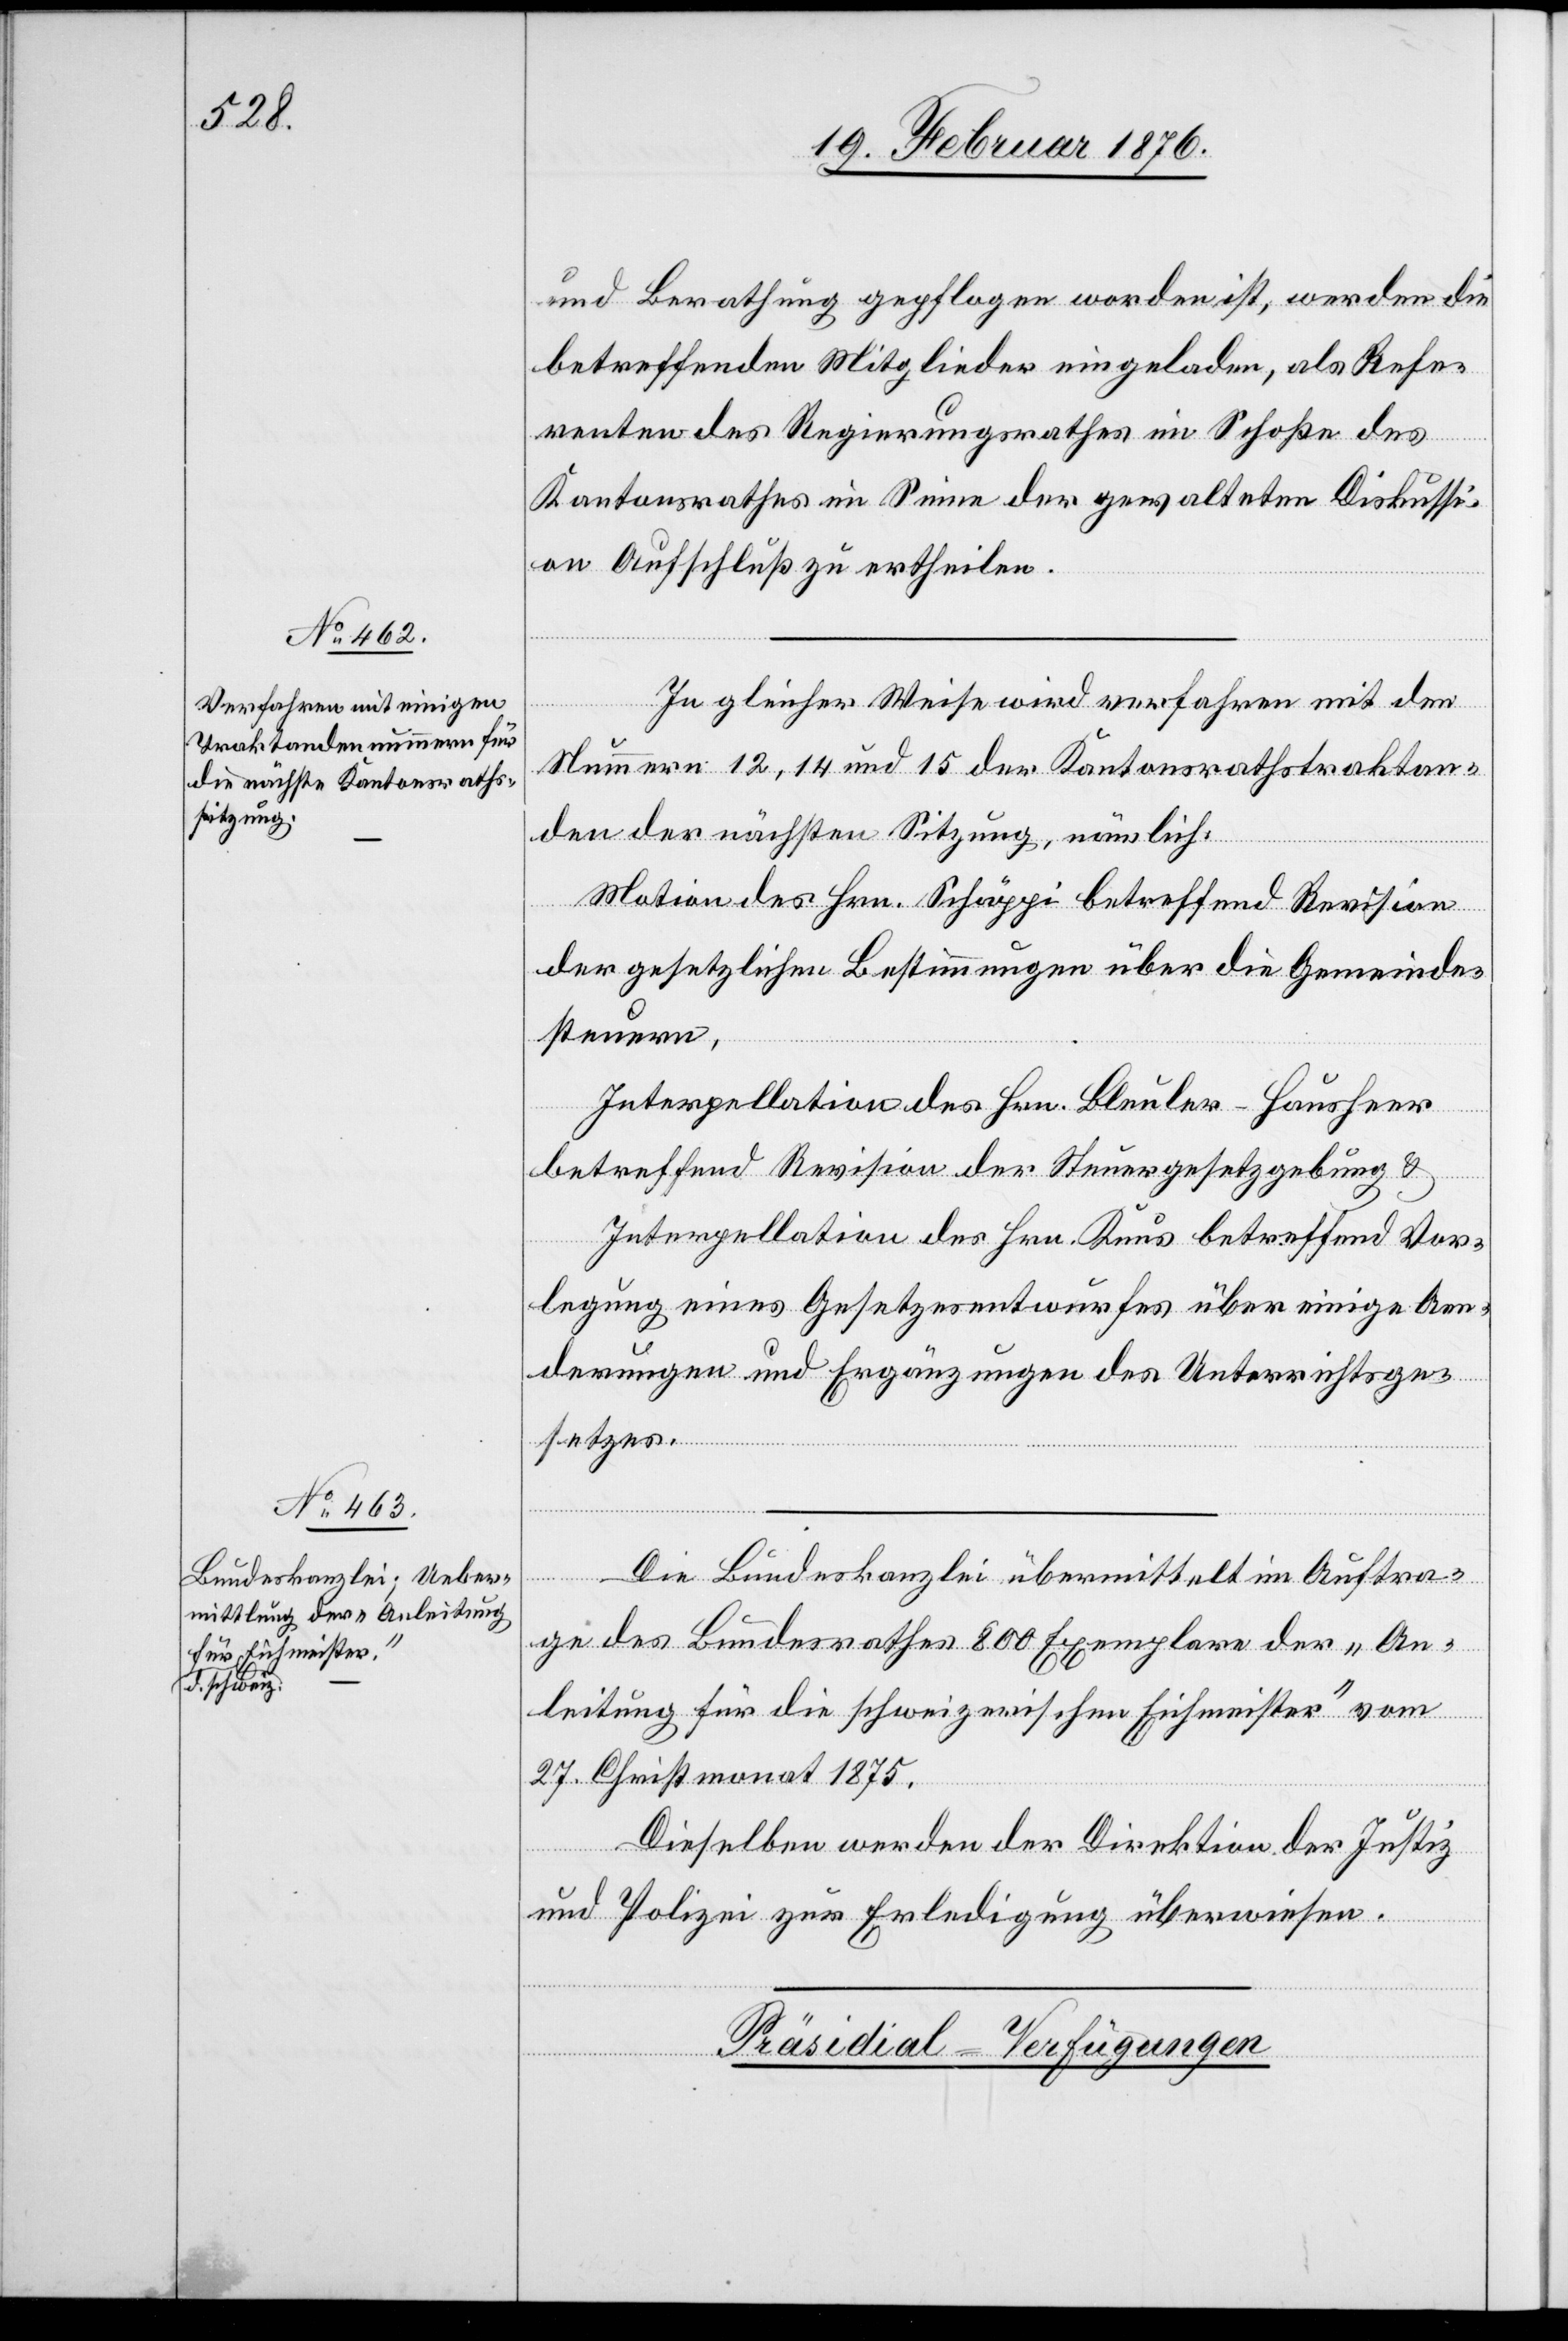
21. Februar 1876.
und Berathung gepflogen worden ist, werden die
betreffenden Mitglieder eingeladen, als Refe¬
renten des Regierungsrathes im Schoße des
Kantonsrathes im Sinne der gewalteten Diskussi¬
onen Aufschluß zu ertheilen.
Zu gleicher Weise wird verfahren mit den
Nummern 12, 14 und 15 der Kantonsrathstraktan¬
den der nächsten Sitzung, nämlich:
Motion des Hrn. Schäppi betreffend Revision
der gesetzlichen Bestimmungen über die Gemeinde¬
steuern,
Interpellation des Hrn. Bleuer-Hausheer
betreffend Revision der Steuergesetzgebung &
Interpellation des Hrn. Knus betreffend Vor¬
legung eines Gesetzesentwurfes über einige Ver¬
ordnungen und Ergänzungen des Unterrichtsge¬
setzes.
Die Bundeskanzlei übermittelt im Auftra¬
ge des Bundesrathes 800 Exemplare der „An¬
leitung für die schweizerischen Eichmeister“ vom
27. Christmonat 1875.
Dieselben werden der Direktion der Justiz
und Polizei zur Erledigung überwiesen.
Präsidial-Verfügungen